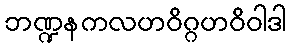
ဘဏ္ဍနကလဟဝိဂ္ဂဟဝိဝါဒါ